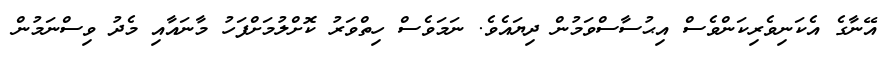
އޭނާގެ އެކަނިވެރިކަންވެސް އިޙުސާސްވަމުން ދިޔައެވެ. ނަމަވެސް ހިތްވަރު ކޮށްލުމަށްފަހު މާނައާއި މެދު ވިސްނަމުން